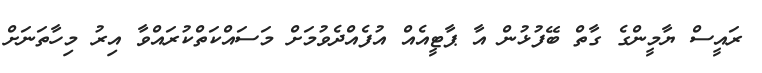
ރައީސް ޔާމީންގެ ގާތް ބޭފުޅުން އާ ޕާޓީއެއް އުފެއްދެވުމަށް މަސައްކަތްކުރައްވާ އިރު މިހާތަނަށް